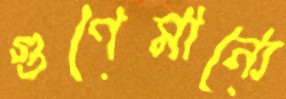
গুণেমান্যে